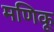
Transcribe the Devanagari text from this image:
मणिकू